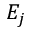
E _ { j }